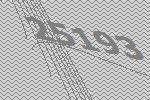
25193